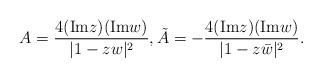
LaTeX: \begin{align*}A=\frac{4({\rm Im} z)({\rm Im} w)} {|1-zw|^{2}},\tilde{A}=-\frac{4({\rm Im} z)({\rm Im} w)}{|1-z\bar{w}|^{2}}.\end{align*}